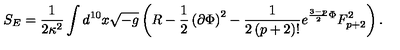
S _ { E } = \frac { 1 } { 2 \kappa ^ { 2 } } \int d ^ { 1 0 } x \sqrt { - g } \left( R - \frac { 1 } { 2 } \left( \partial \Phi \right) ^ { 2 } - \frac { 1 } { 2 \left( p + 2 \right) ! } e ^ { \frac { 3 - p } { 2 } \Phi } F _ { p + 2 } ^ { 2 } \right) .